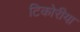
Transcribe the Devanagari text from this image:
टिकोरीया